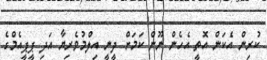
ކުރިން އެކަން އޮތީ އެހެން ނޫން ކަމަށް ދީނީ އިލްމުވެރިޔާ އަދި ޕީޕީއެމްގެ